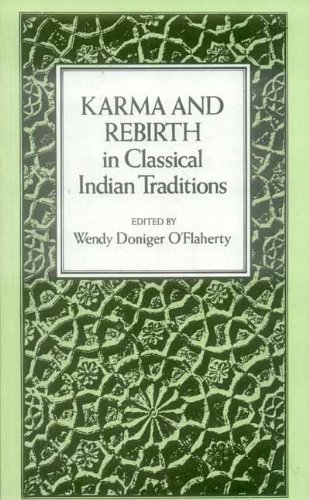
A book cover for Karma and Rebirth in Classical Indian Traditions; Wendy Doniger O'Flaherty; Religion & Spirituality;